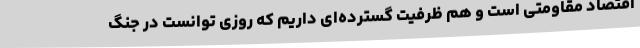
اقتصاد مقاومتی است و هم ظرفیت گسترده‌ای داریم که روزی توانست در جنگ